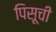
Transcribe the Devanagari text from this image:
पिसूची